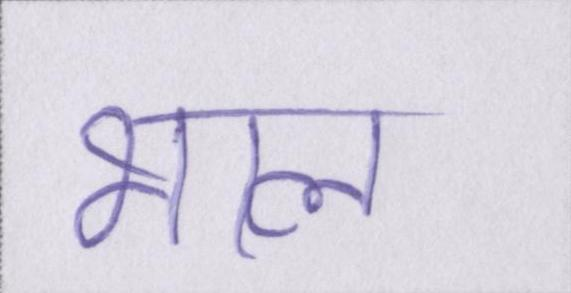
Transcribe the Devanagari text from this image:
भाल